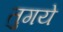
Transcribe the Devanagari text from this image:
तुगये